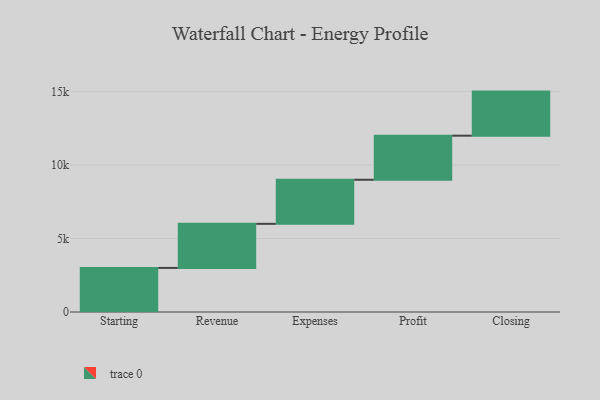
{"axis": {"x": "Step", "y": "Value"}, "legend": [""], "data": [{"x": "Starting", "y": 3000, "type": ""}, {"x": "Revenue", "y": 3000, "type": ""}, {"x": "Expenses", "y": 3000, "type": ""}, {"x": "Profit", "y": 3000, "type": ""}, {"x": "Closing", "y": 3000, "type": ""}]}